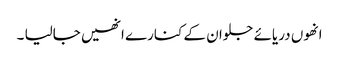
انھوں دریائے جلوان کے کنارے انھیں جالیا ۔